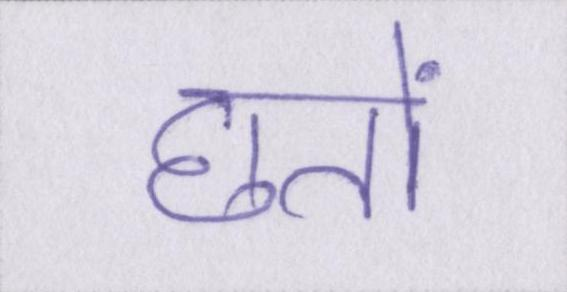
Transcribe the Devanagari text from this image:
छतों